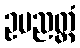
ဥပညတ္တံ